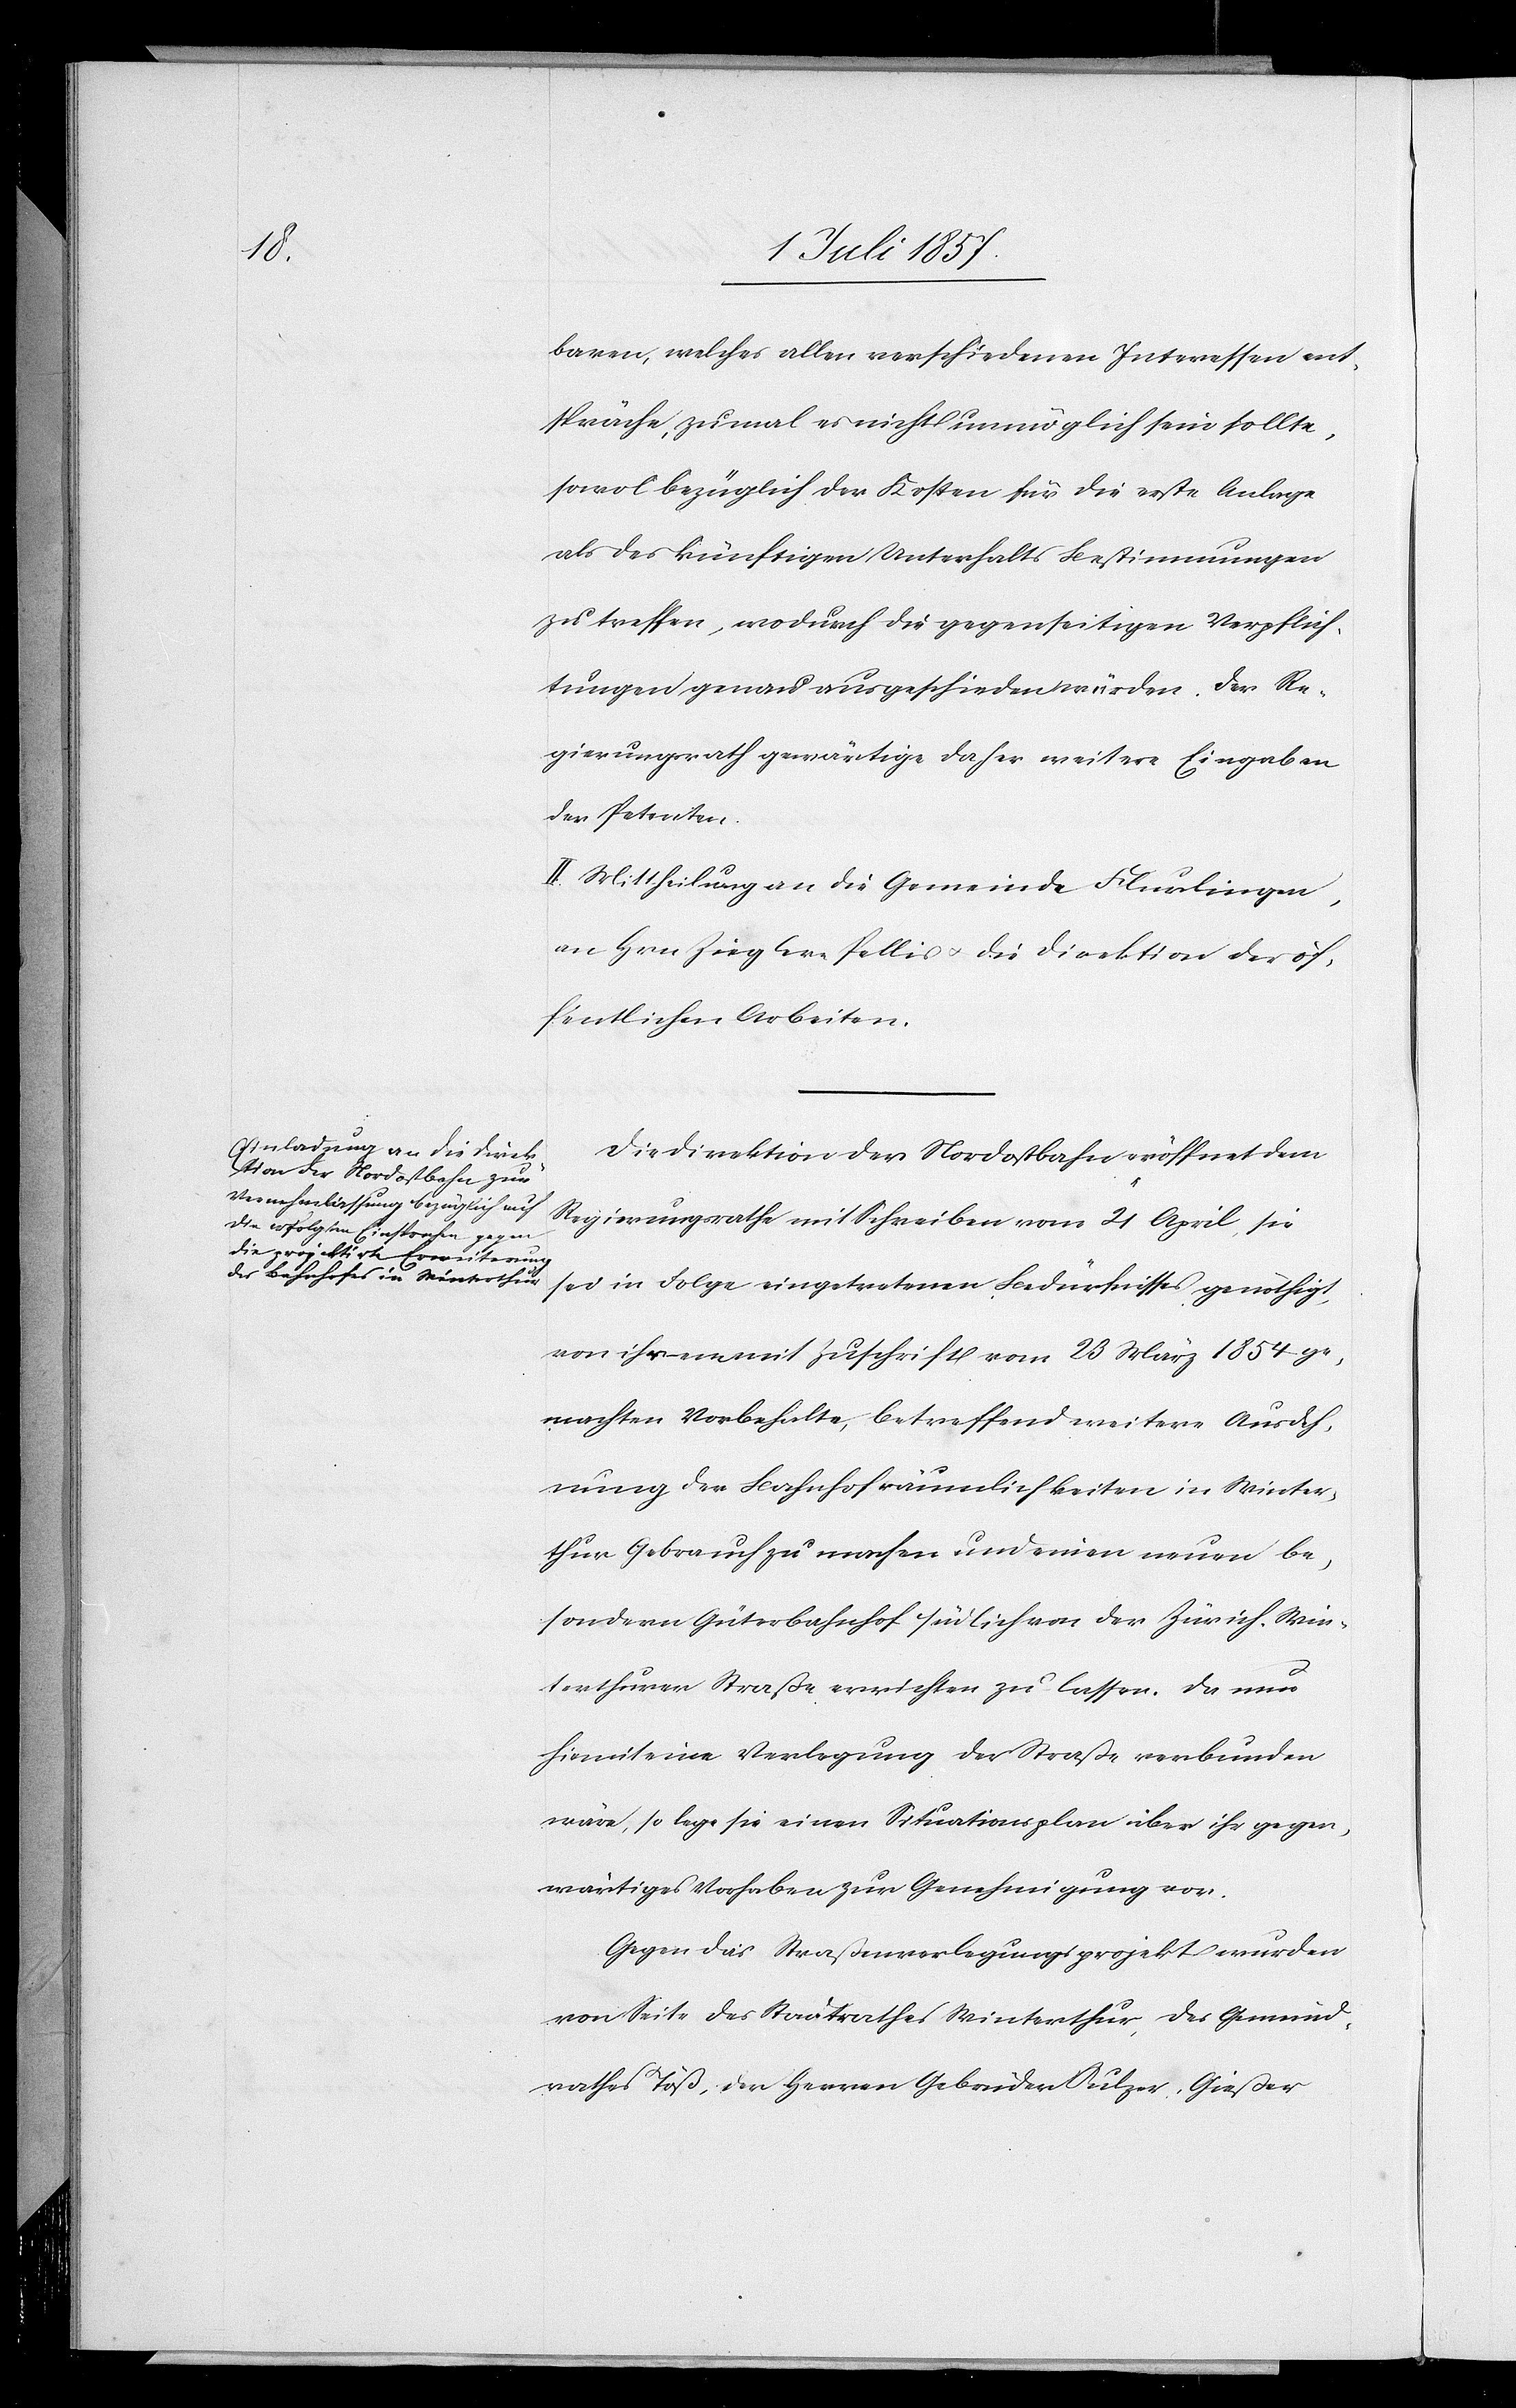
baren, welches allen verschiedenen Interessen ent¬
spräche, zumal es nicht unmöglich sein sollte,
sowol bezüglich der Kosten für die erste Anlage
als des künftigen Unterhalts Bestimmungen
zu treffen, wodurch die gegenseitigen Verpflich¬
tungen genau ausgeschieden würden. Der Re¬
gierungsrath gewärtige daher weitere Eingaben
der Petenten.
II. Mittheilung an die Gemeinde Flurlingen,
an Hrn. Ziegler-Pellis & die Direktion der öf¬
fentlichen Arbeiten.
Die Direktion der Nordostbahn eröffnet dem
Regierungsrathe mit Schreiben vom 21 April sie
sei in Folge eingetretenen Bedürfnisses genöthigt,
von ihrem mit Zuschrift vom 23 März 1854 ge¬
machten Vorbehalte, betreffend weitere Ausdeh¬
nung der Bahnhofräumlichkeiten in Winter¬
thur Gebrauch zu machen und einen neuen be¬
sondern Güterbahnhof südlich von der Zürich-Win¬
terthurer Straße errichten zu lassen. Da nun
hiemit eine Verlegung der Straße verbunden
wäre, so lege sie einen Situationsplan über ihr gegen¬
wärtiges Vorhaben zur Genehmigung vor.
Gegen das Straßenverlegungsprojekt wurden
von Seite des Stadtrathes Winterthur, des Gemeind¬
rathes Töß, den Herren Gebrüder Sulzer, Gießer